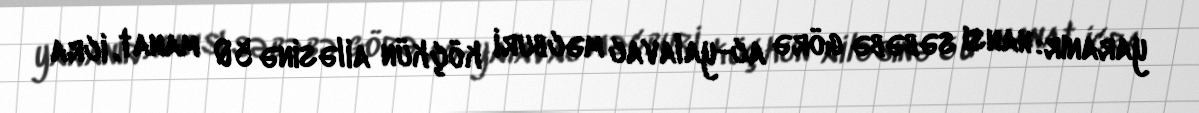
yaranır: hansı səbəbə görə ac-yalavac məcburi köçkün ailəsinə 50 manat, icra